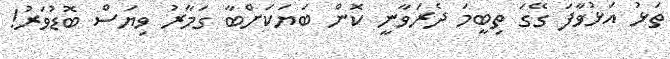
ތަޅު އަޅުވާފަ ގޭގަ ތިބީމަ ދެރަވާނީ ކޮން ބަޔަކަށްބާ ގަމާރު ވިޔަސް ބޮޑުވަރު!